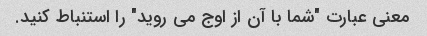
معنی عبارت "شما با آن از اوج می روید" را استنباط کنید.